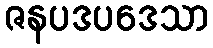
ဇနပဒပဒေသာ